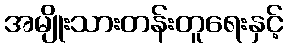
အမျိုးသားတန်းတူရေးနှင့်